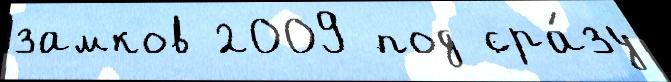
замков 2009 под сра́зу